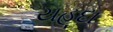
યહૂદા